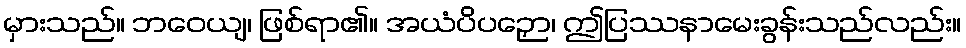
မှားသည်။ ဘဝေယျ၊ ဖြစ်ရာ၏။ အယံပိပဉှော၊ ဤပြဿနာမေးခွန်းသည်လည်း။